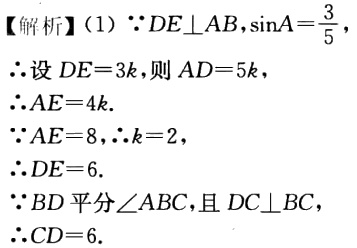
【解析】(1) $\because DE\perp AB,\sin A = \frac{3}{5},$

$\therefore$设$DE = 3k$,则$AD = 5k$,

$\therefore AE = 4k.$

$\because AE = 8,\therefore k = 2,$

$\therefore DE = 6.$

$\because BD$平分$\angle ABC$,且$DC\perp BC$,

$\therefore CD = 6.$